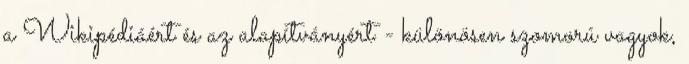
a Wikipédiáért és az alapítványért - különösen szomorú vagyok,